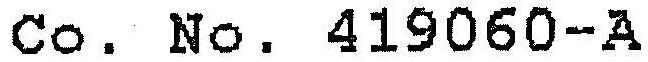
CO. NO. 419060-A